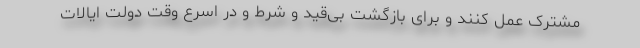
مشترک عمل کنند و برای بازگشت بی‌قید و شرط و در اسرع وقت دولت ایالات